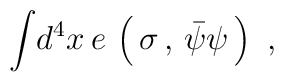
{\int}d^4x\,e\,\left(\,\sigma\,,\,{\bar{\psi}\psi}\,\right)\,\,,